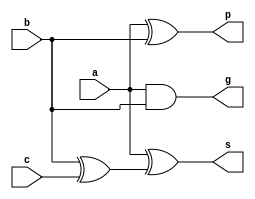
/*
 * cla_full_adder - 1 bit full adder for carry lookahead
 */

`ifndef _cla_full_adder
`define _cla_full_adder

module cla_full_adder(
		input	a,
		input	b,
		input	c,
		output	g,
		output	p,
		output	s);

	assign g = a & b;
	assign p = a ^ b;
	assign s = a ^ (b ^ c);

endmodule

`endif